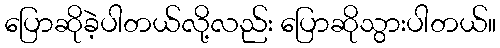
ပြောဆိုခဲ့ပါတယ်လို့လည်း ပြောဆိုသွားပါတယ်။